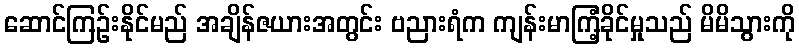
ဆောင်ကြဉ်းနိုင်မည် အချိန်ဇယားအတွင်း ဗညားရံက ကျန်းမာကြံ့ခိုင်မှုသည် မိမိသွားကို